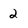
Character: 2